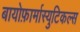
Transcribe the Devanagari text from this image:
बायोफ़ार्मास्युटिकल्स